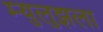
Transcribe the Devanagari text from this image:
म्युलुझला